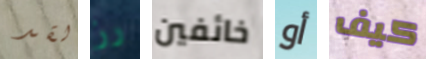
لقد رز خائفين أو كيف